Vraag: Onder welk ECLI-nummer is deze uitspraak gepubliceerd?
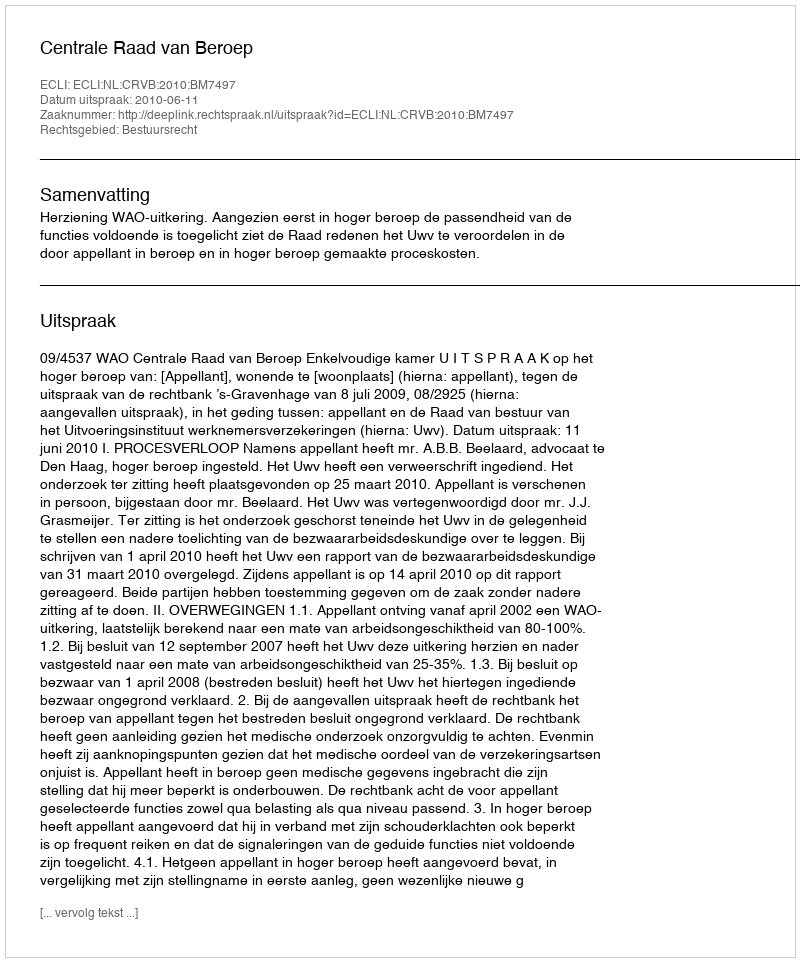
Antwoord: ECLI:NL:CRVB:2010:BM7497